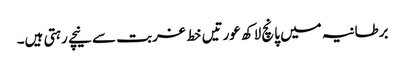
برطانیہ میں پانچ لاکھ عورتیں خط غربت سے نیچے رہتی ہیں۔